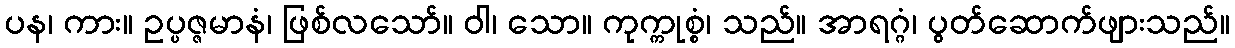
ပန၊ ကား။ ဥပ္ပဇ္ဇမာနံ၊ ဖြစ်လသော်။ ဝါ၊ သော။ ကုက္ကုစ္စံ၊ သည်။ အာရဂ္ဂံ၊ ပွတ်ဆောက်ဖျားသည်။